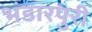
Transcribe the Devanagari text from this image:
भंडारपुरी